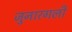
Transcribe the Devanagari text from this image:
जुनारगली